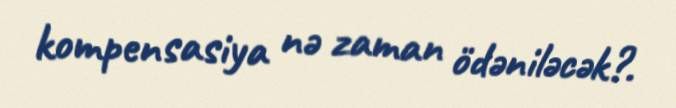
kompensasiya nə zaman ödəniləcək?.